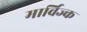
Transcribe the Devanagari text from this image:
मार्विज्क